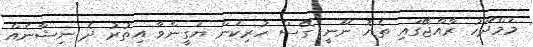
މަމްދޫހު ރާއްޖޭގައި ތެޔޮ ނޫނީ ގޭސް ހުރިކަން ޔަގީންވާ އިތުރު ދެ ނިޝާނެއް